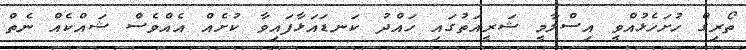
ތޯރިގް ހުށަހެޅުއްވީ އިސްލާމީ ޝަރީއަތުގައި ހައްދު ކަނޑައަޅާފައިވާ ކުށެއް އެއްވެސް ޝައްކެއް ނެތް